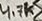
Text: 4.7K